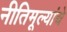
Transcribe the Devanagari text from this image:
नीतिमूल्यांचे